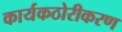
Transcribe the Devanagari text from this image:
कार्यकठोरीकरण